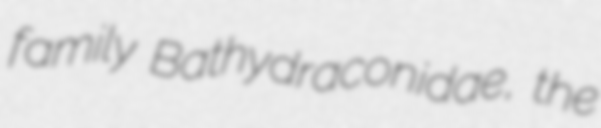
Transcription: family Bathydraconidae, the